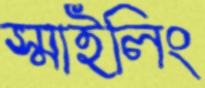
স্মাইলিং